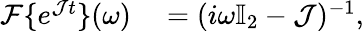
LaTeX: \begin{array}{rl}{\mathcal{F}\{ e^{\mathcal Jt}\} (\omega)}&{{}=(i\omega\mathbb{I}_{2}-\mathcal{J})^{-1},}\end{array}